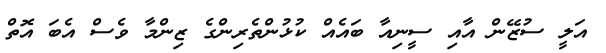
އަލީ ސުޒޭން އާއި ސީނިއާ ބައެއް ކުޅުންތެރިންގެ ޒިންމާ ވެސް އެބަ އޮތް